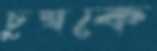
চুম্বকে